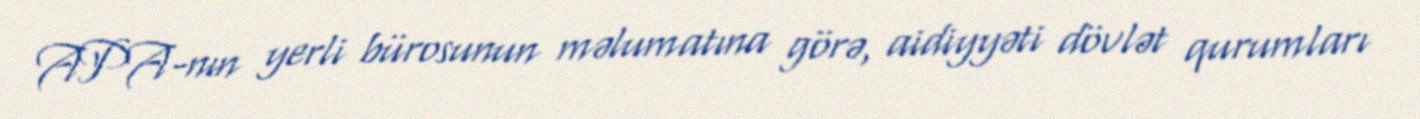
APA-nın yerli bürosunun məlumatına görə, aidiyyəti dövlət qurumları